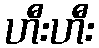
ဟီးဟီး